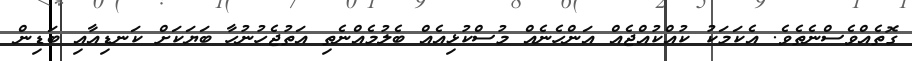
ގޮތެއްވެސްނެތެވެ. އެކަމަކު ކުއްކުއްޖެއް އަންހެނެއް މުސްކުޅިއެއް ބެލުމެއްނެތި އަތުޖެހުނުހާ ބަޔަކަށް ކަނޑިއާއި ބަޑިން